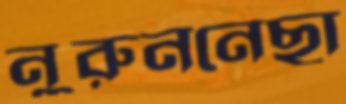
নুরুননেছা